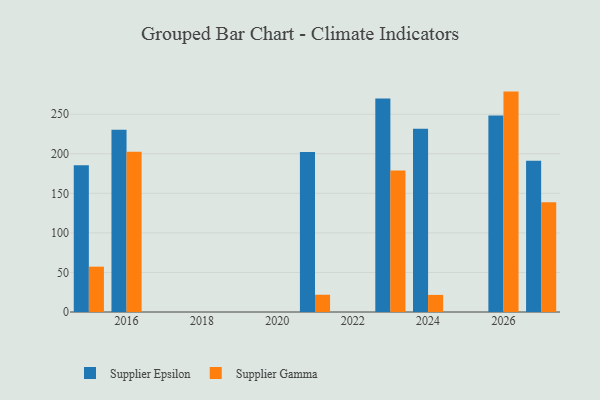
{"axis": {"x": "Year", "y": "Market Share (%)"}, "legend": ["Supplier Epsilon", "Supplier Gamma"], "data": [{"x": "2021", "y": 202.3, "type": "Supplier Epsilon"}, {"x": "2021", "y": 21.8, "type": "Supplier Gamma"}, {"x": "2024", "y": 231.7, "type": "Supplier Epsilon"}, {"x": "2024", "y": 21.6, "type": "Supplier Gamma"}, {"x": "2026", "y": 248.4, "type": "Supplier Epsilon"}, {"x": "2026", "y": 278.6, "type": "Supplier Gamma"}, {"x": "2027", "y": 191.2, "type": "Supplier Epsilon"}, {"x": "2027", "y": 138.7, "type": "Supplier Gamma"}, {"x": "2015", "y": 185.6, "type": "Supplier Epsilon"}, {"x": "2015", "y": 57.3, "type": "Supplier Gamma"}, {"x": "2023", "y": 269.9, "type": "Supplier Epsilon"}, {"x": "2023", "y": 178.9, "type": "Supplier Gamma"}, {"x": "2016", "y": 230.5, "type": "Supplier Epsilon"}, {"x": "2016", "y": 202.5, "type": "Supplier Gamma"}]}